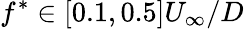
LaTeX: f^{*}\in[0.1,0.5]U_{\infty}/D